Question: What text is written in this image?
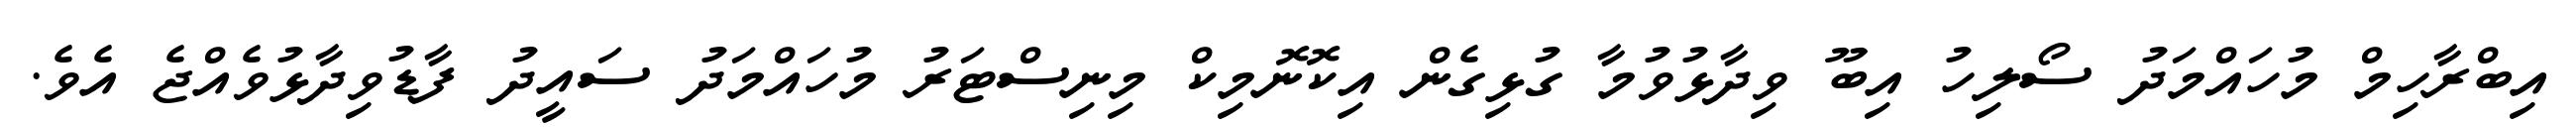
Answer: އިބްރާހިމް މުހައްމަދު ސޯލިހު އިބޫ ވިދާޅުވުމާ ގުޅިގެން އިކޮނޮމިކް މިނިސްޓަރު މުހައްމަދު ސައީދު ފާޑުވިދާޅުވެއްޖެ އެވެ.